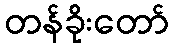
တန်ခိုးတော်